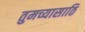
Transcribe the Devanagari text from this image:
तुमच्यासाठि